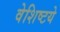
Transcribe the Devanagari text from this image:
वेशिष्टये